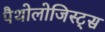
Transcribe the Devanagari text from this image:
पैथोलोजिस्ट्स